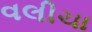
વલીચા